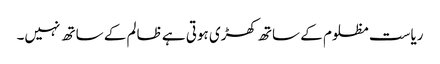
ریاست مظلوم کے ساتھ کھڑی ہوتی ہے ظالم کے ساتھ نہیں۔